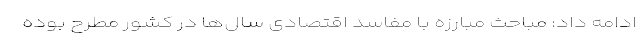
ادامه داد: مباحث مبارزه با مفاسد اقتصادی سال‌ها در کشور مطرح بوده